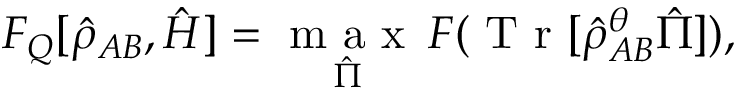
F _ { Q } [ \hat { \rho } _ { A B } , \hat { H } ] = \underset { \hat { \Pi } } { \mathrm { ~ m ~ a ~ x ~ } } \, F ( \mathrm { ~ T ~ r ~ } [ \hat { \rho } _ { A B } ^ { \theta } \hat { \Pi } ] ) ,